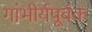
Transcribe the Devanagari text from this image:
गांभीर्यपूर्वक